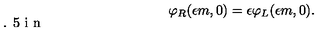
\varphi _ { R } ( \epsilon m , 0 ) = \epsilon \varphi _ { L } ( \epsilon m , 0 ) . \vspace { 0 . 5 i n }